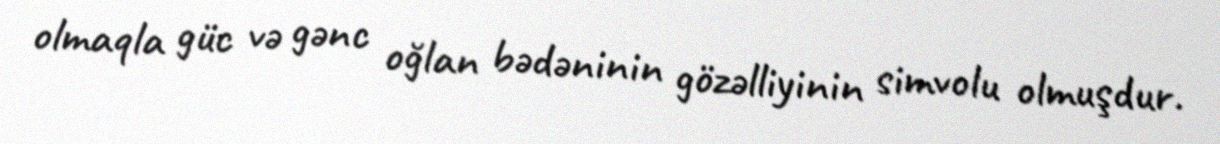
olmaqla güc və gənc oğlan bədəninin gözəlliyinin simvolu olmuşdur.